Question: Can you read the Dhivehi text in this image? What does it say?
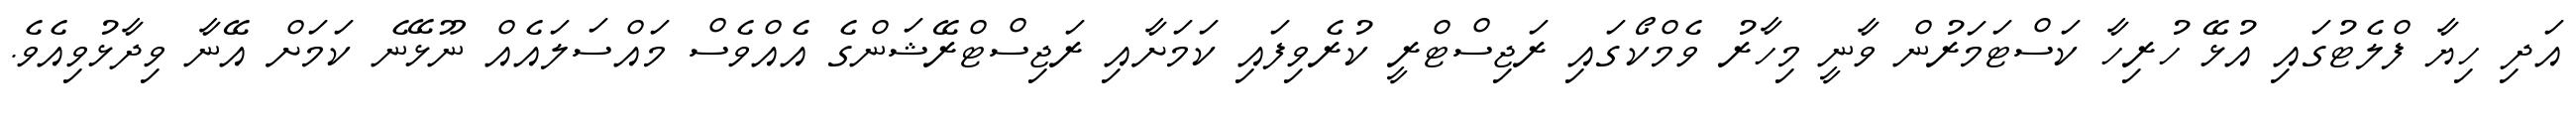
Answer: އަދި ހިޔާ ފްލެޓުގައި އުޅޭ ހުރިހާ ކަސްޓަމަރުން ވާނީ މިހާރު ވެމްކޯގައި ރަޖިސްޓްރީ ކުރެވިފައި ކަމަށާއި ރަޖިސްޓްރޭޝަންގެ އެއްވެސް މައްސަލައެއް ނޫޅޭނެ ކަމަށް އޭނާ ވިދާޅުވިއެވެ.